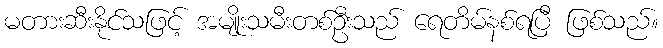
မတားဆီးနိုင်သဖြင့် အမျိုးသမီးတစ်ဦးသည် ရေတိမ်နစ်ရပြီ ဖြစ်သည်။